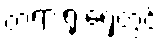
တရားရုံးရှေ့တွင်